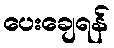
ပေးချေရန်